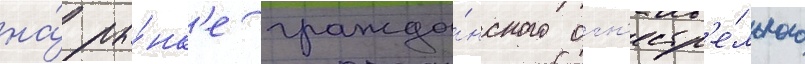
на́ ры́нк'е гражда́нского огн'естр'е́льного